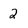
Character: 2